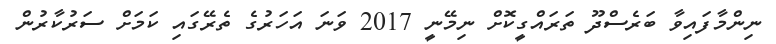
ނިންމާފައިވާ ބަރެސްދޫ ތަރައްގީކޮށް ނިމޭނީ 2017 ވަނަ އަހަރުގެ ތެރޭގައި ކަމަށް ސަރުކާރުން